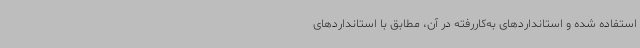
استفاده شده و استانداردهای به‌کاررفته در آن، مطابق با استانداردهای